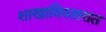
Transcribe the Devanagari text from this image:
शाखाविस्तारात